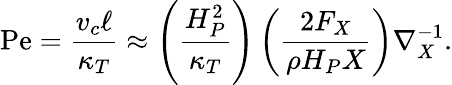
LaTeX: \mathrm{Pe}={\frac{v_{c}\ell}{\kappa_{T}}}\approx\left({\frac{H_{P}^{2}}{\kappa_{T}}}\right)\left({\frac{2F_{X}}{\rho H_{P}X}}\right)\nabla_{X}^{-1}.